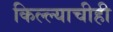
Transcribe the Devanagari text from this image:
किल्ल्याचीही